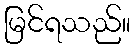
မြင်ရသည်။